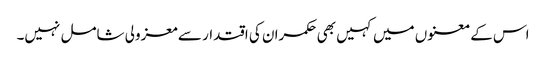
اس کے معنوں میں کہیں بھی حکمران کی اقتدار سے معزولی شامل نہیں۔